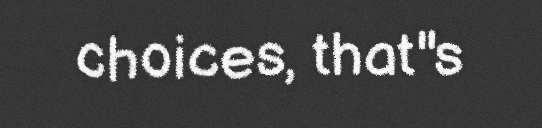
choices, that"s